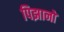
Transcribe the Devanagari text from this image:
पिझानो